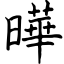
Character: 曄